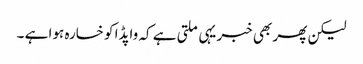
لیکن پھر بھی خبر یہی ملتی ہے کہ واپڈا کو خسارہ ہوا ہے ۔